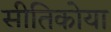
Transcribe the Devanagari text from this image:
सीतिकोया